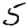
Digit: 5